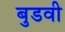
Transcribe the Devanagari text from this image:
बुडवी